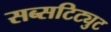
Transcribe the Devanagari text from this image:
सब्सटिट्युट